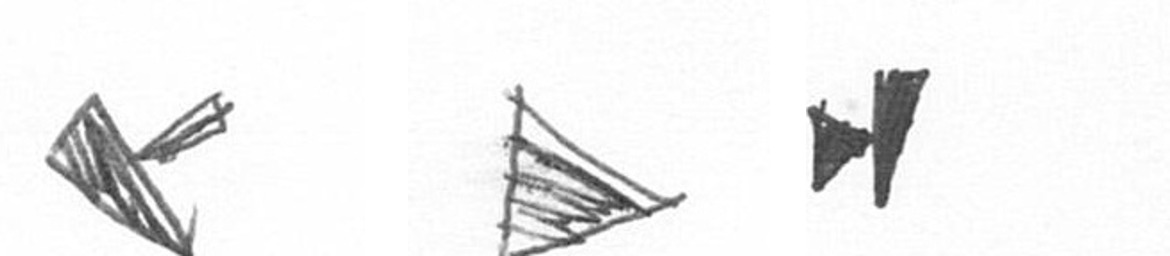
F T M